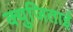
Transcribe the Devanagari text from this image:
क्युजिताई